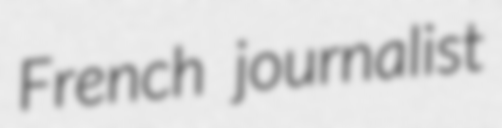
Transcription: French journalist